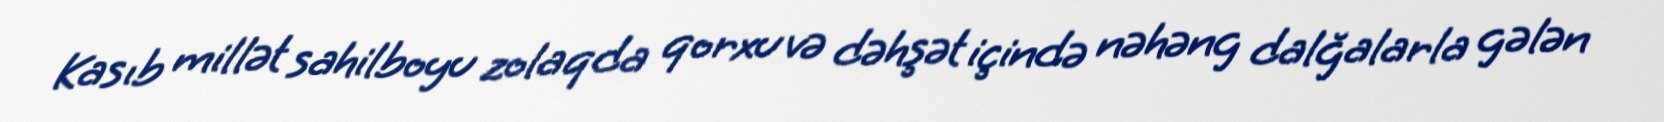
Kasıb millət sahilboyu zolaqda qorxu və dəhşət içində nəhəng dalğalarla gələn